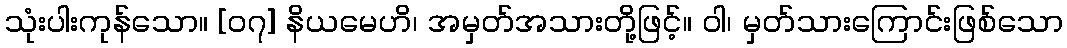
သုံးပါးကုန်သော။ [၀၇] နိယမေဟိ၊ အမှတ်အသားတို့ဖြင့်။ ဝါ၊ မှတ်သားကြောင်းဖြစ်သော